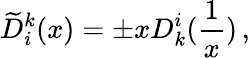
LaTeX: \widetilde{D}_{i}^{k}(x)=\pm xD_{k}^{i}(\frac 1x)\, ,